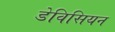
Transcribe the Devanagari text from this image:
डेविसियन